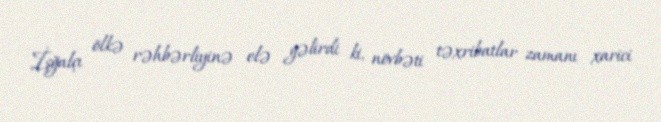
İşğalçı ölkə rəhbərliyinə elə gəlirdi ki, növbəti təxribatlar zamanı xarici